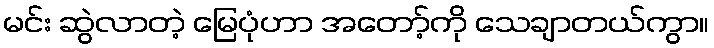
မင်း ဆွဲလာတဲ့ မြေပုံဟာ အတော့်ကို သေချာတယ်ကွာ။